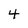
Character: 4